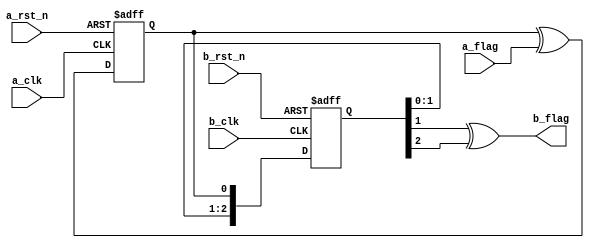
module flag_sync(
    input a_rst_n,
    input a_clk,
    input a_flag,
    input b_rst_n,
    input b_clk,
    output b_flag
    );

    reg flag;
    always @(posedge a_clk or negedge a_rst_n) begin
        if(~a_rst_n) flag <= 0;
	else flag <= flag ^ a_flag;
    end

    (* ASYNC_REG = "TRUE" *) reg[2:0] flag_sync;
    always @(posedge b_clk or negedge b_rst_n) begin
        if(~b_rst_n) flag_sync <= 3'h0;
	else flag_sync <= {flag_sync[1:0], flag};
    end

    assign b_flag = flag_sync[1] ^ flag_sync[2];

endmodule